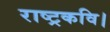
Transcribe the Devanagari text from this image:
राष्ट्रकवि।